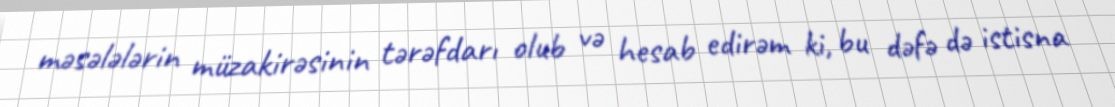
məsələlərin müzakirəsinin tərəfdarı olub və hesab edirəm ki, bu dəfə də istisna